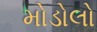
મોડોલો